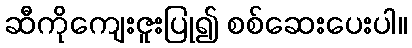
ဆီကိုကျေးဇူးပြု၍ စစ်ဆေးပေးပါ။